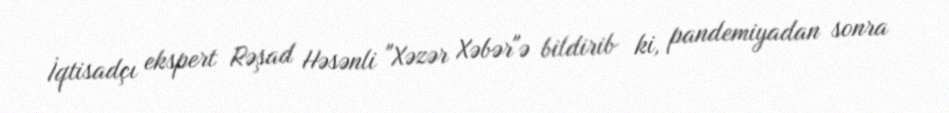
İqtisadçı ekspert Rəşad Həsənli "Xəzər Xəbər"ə bildirib ki, pandemiyadan sonra